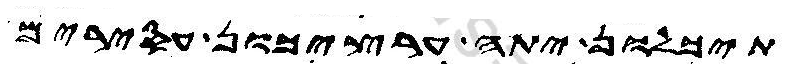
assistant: תיכלונ יתה ערציכון עסירים